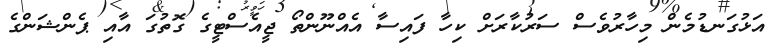
އަޅުގަނޑުމެން މިހާރުވެސް ސަރުކާރަށް ކިހާ ފައިސާ އެއްނޫންތޯ ޖީއެސްޓީގެ ގޮތުގަ އާއި ޕެންޝަންގެ